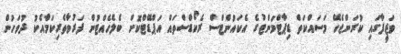
ވަޒީފާގައި ކުރަންޖެހޭ މަސައްކަތް ޑިޕާޓްމަންޓުގެ އެކައުންޓްސް ރެކޯޑްސްތައް އަޕްޑޭޓްކޮށް ބެލެހެއްޓުން ފަރުވާތެރިކަމާއެކު ދުވަހުން